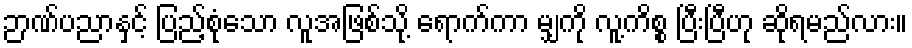
ဉာဏ်ပညာနှင့် ပြည့်စုံသော လူအဖြစ်သို့ ရောက်ကာ မျှကို လူ့ကိစ္စ ပြီးပြီဟု ဆိုရမည်လား။